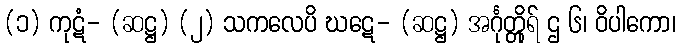
(၁) ကုဋံ- (ဆဋ္ဌ) (၂) သကလေပိ ဃဋေ- (ဆဋ္ဌ) အင်္ဂုတ္တိုရ် ဌ ၆၊ ဝိပါကော၊